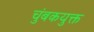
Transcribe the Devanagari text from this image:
चुंबकयुक्त